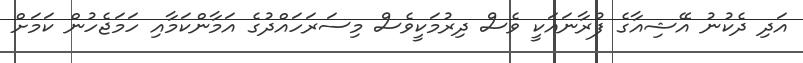
އަދި ދެކުނު އޭޝިއާގެ ފުރާނައަކީ ވެސް ދިރުމަކީވެސް މިސަރަހައްދުގެ އަމާންކަމާއި ހަމަޖެހުން ކަމަށް